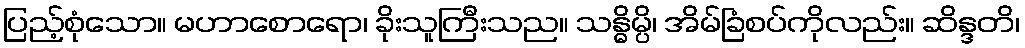
ပြည့်စုံသော။ မဟာစောရော၊ ခိုးသူကြီးသည။ သန္ဓိမ္ပိ၊ အိမ်ခြံစပ်ကိုလည်း။ ဆိန္ဒတိ၊